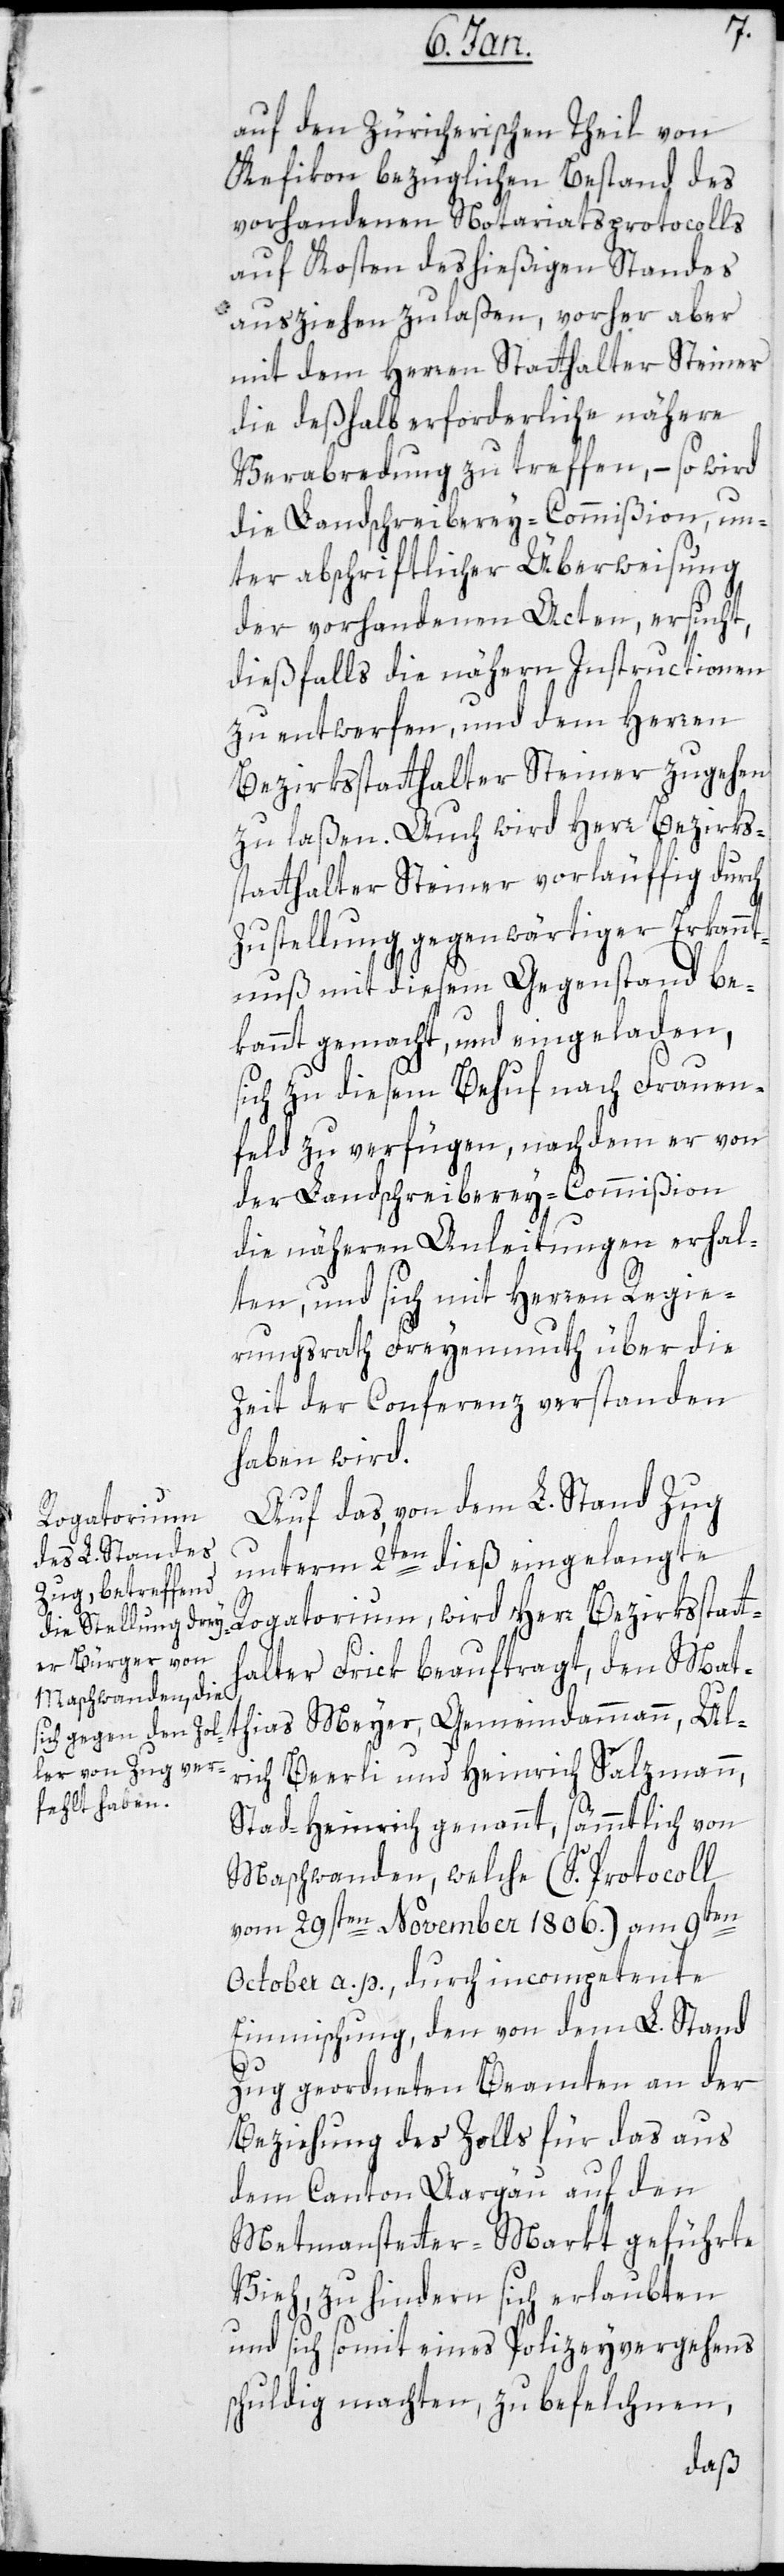
t¬
auf den zürcherischen Theil von
Kefikon bezüglichen Bestand des
vorhandenen Notariatsprotocolls
auf Kosten des hießigen Standes
ausziehen zu laßen, vorher aber
mit dem Herren Statthalter Steiner
die deßhalb erforderliche nähere
Verabredung zu treffen, – so wird
die Landschreiberei-Commißion un¬
ter abschriftlicher Überweisung
der vorhandenen Acten, ersucht,
dießfalls die nähern Instructionen
zu entwerfen, und dem Herren
Bezirksstatthalter Steiner zugehen
zu laßen. Auch wird Herr Bezirks¬
statthalter Steiner vorläuffig durch
Zustellung gegenwärtiger Erkannt¬
nuß mit diesem Gegenstand be¬
kannt gemacht und eingeladen,
sich zu diesem Behuf nach Frauen¬
feld zu verfügen, nachdem er von
der Landschreiberei-Commißion
die näheren Anleitungen erhal¬
ten, und sich mit Herren Regie¬
rungsrath Freyenmuth über die
Zeit der Conferenz verstanden
haben wird.
Auf das, von dem L. Stand Zug
unterm 2ten dieß eingelangte
Rogatorium, wird Herr Bezirksstat¬
halter Frick beauftragt, den Mat¬
thias Meyer, Gemeindammann; Ul¬
rich Beerli und Heinrich Salzmann,
Stadt-Heinrich genannt, sämmtlich von
Maschwanden, welche (S. Protocoll
vom 29sten November 1806) am 9ten
October a. p., durch incompetente
Einmischung, den von dem L. Stand
Zug geordneten Beamten an der
Beziehung des Zolls für das aus
dem Canton Aargau auf den
Metmenstetter-Markt geführte
Vieh, zu hindern sich erlaubten
und sich somit eines Polizeyvergehens
schuldig machten, zu befelchnen,